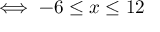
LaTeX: \iff - 6 \leq x \leq 1 2